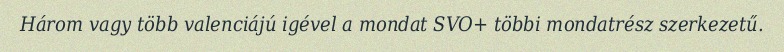
Három vagy több valenciájú igével a mondat SVO+ többi mondatrész szerkezetű.